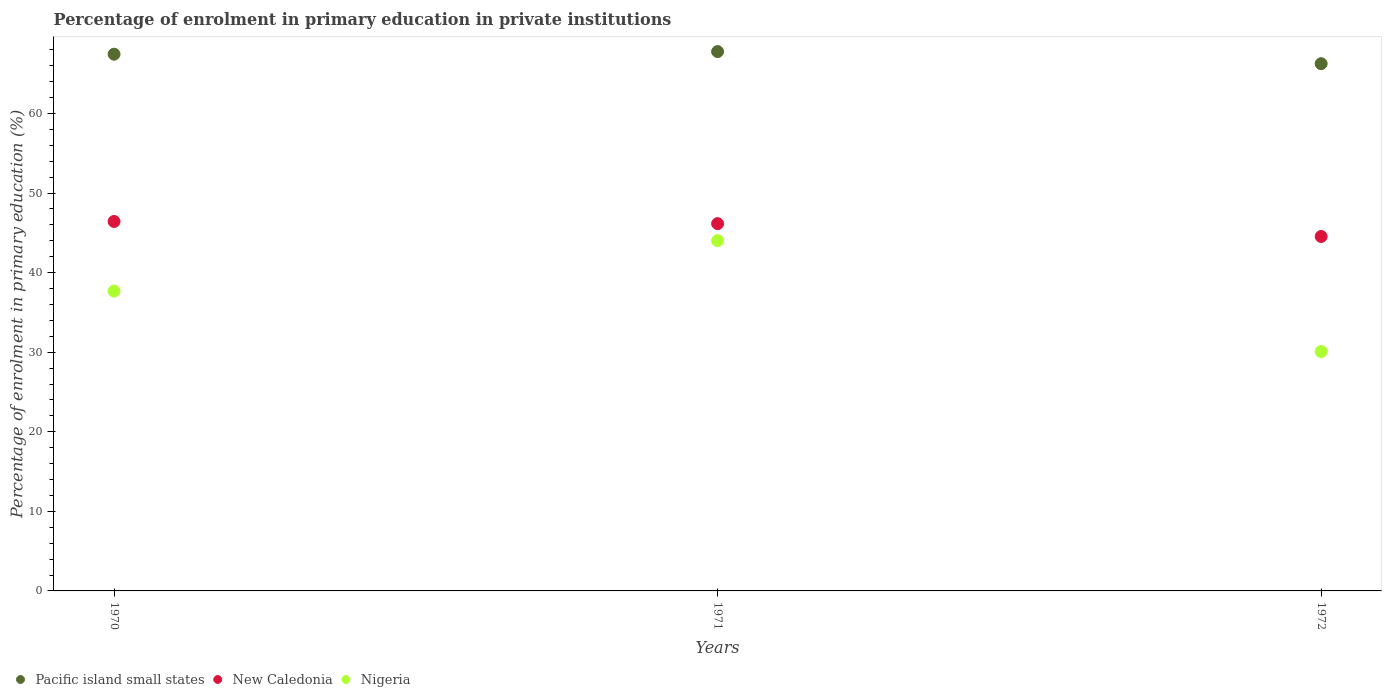
| Years | Pacific island small states | New Caledonia | Nigeria |
 | --- | --- | --- | --- |
 | 1970 | 67.5 | 46.4 | 37.7 |
 | 1971 | 67.8 | 46.2 | 44 |
 | 1972 | 66.3 | 44.5 | 30.1 |